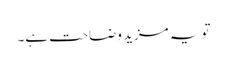
تو یہ مزید وضاحت ہے۔